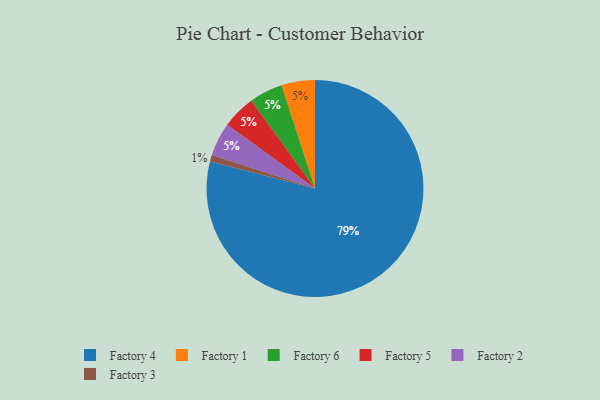
{"axis": {"x": "Category", "y": "Percentage"}, "legend": ["Factory 1", "Factory 2", "Factory 3", "Factory 4", "Factory 5", "Factory 6"], "data": [{"x": "Factory 1", "y": 5, "type": "Factory 1"}, {"x": "Factory 6", "y": 5, "type": "Factory 6"}, {"x": "Factory 5", "y": 5, "type": "Factory 5"}, {"x": "Factory 3", "y": 1, "type": "Factory 3"}, {"x": "Factory 4", "y": 79, "type": "Factory 4"}, {"x": "Factory 2", "y": 5, "type": "Factory 2"}]}